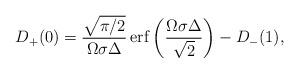
LaTeX: \begin{align*}D_+(0)={\sqrt{\pi/2}\over\Omega\sigma\Delta}\mathop{\rm erf}\nolimits\left({\Omega\sigma\Delta\over\sqrt{2}}\right)-D_-(1),\end{align*}